Indian journal of veterinary science and animal husbandry - Volume 8,
Year: 1938
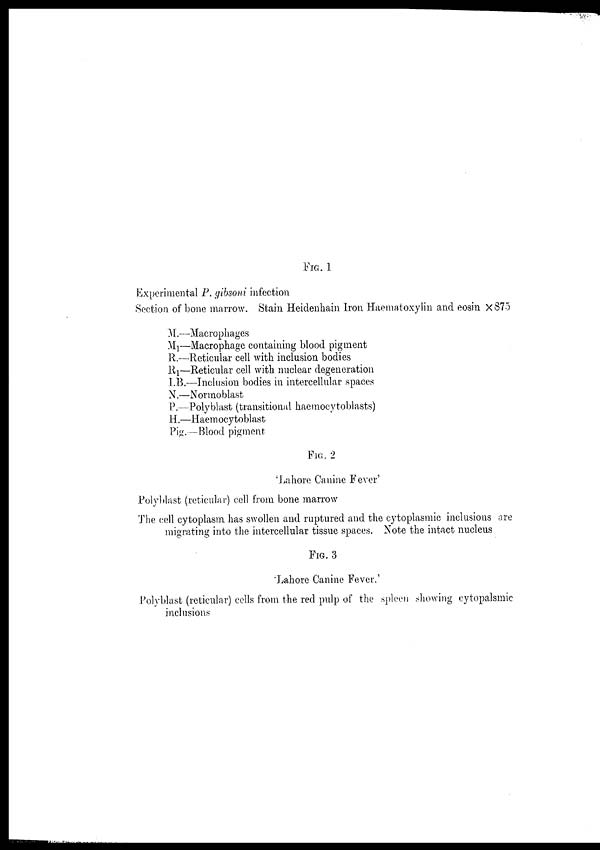
FIG. 1
Experimental P. gibsoni infection
Section of bone marrow. Stain Heidenhain Iron Haematoxylin and eosin ×875
M.—Macrophages
M 1 —Macrophage containing blood pigment
R.—Reticular cell with inclusion bodies
R 1 —Reticular cell with nuclear degeneration
I.B.—Inclusion bodies in intercellular spaces
N.—Normoblast
P.— Polyblast (transitional haemocytoblasts)
H.—Haemocytoblast
Pig.—Blood pigment
FIG. 2
'Lahore Canine Fever'
Polyblast (reticular) cell from bone marrow
The cell cytoplasm has swollen and ruptured and the cytoplasmic inclusions are
migrating into the intercellular tissue spaces. Note the intact nucleus
FIG. 3
Lahore Canine Fever.'
Polyblast (reticular) cells from the red pulp of the spleen showing cytopalsmic
inclusions